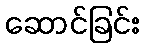
ဆောင်ခြင်း